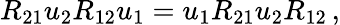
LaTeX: R_{21}u_{2}R_{12}u_{1}=u_{1}R_{21}u_{2}R_{12}\, ,